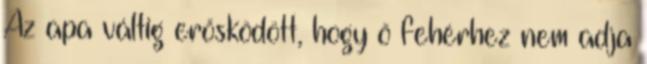
Az apa váltig erősködött, hogy ő fehérhez nem adja